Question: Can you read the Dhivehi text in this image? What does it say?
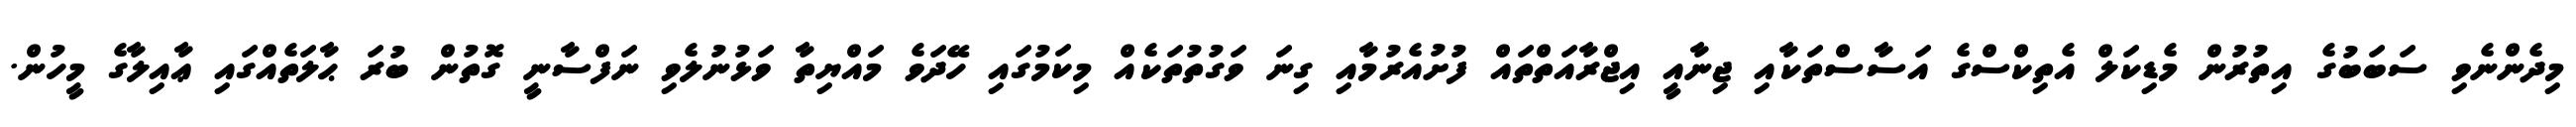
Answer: މިދެންނެވި ސަބަބުގެ އިތުރުން މެޑިކަލް އެތިކްސްގެ އަސާސްތަކާއި ޖިނާއީ އިޖްރާއަތްތައް ފުށުއެރުމާއި ގިނަ ވަގުތުތަކެއް މިކަމުގައި ހޭދަވެ މައްޔިތާ ވަޅުނުލެވި ނަފްސާނީ ގޮތުން ބުރަ ޙާލަތެއްގައި ޢާއިލާގެ މީހުން.